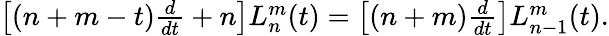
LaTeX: \begin{array}{r}{\left[(n+m-t)\frac{d}{dt}+n\right]L_{n}^{m}(t)=\left[(n+m)\frac{d}{dt}\right]L_{n-1}^{m}(t).}\end{array}